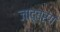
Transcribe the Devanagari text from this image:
जादूवर्ग